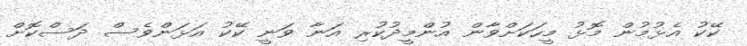
ކޭކު އެޅުމުން މޮޅު މީހަކަށްވާން އުންމީދުކުރި އަނާ ވަނީ ކޭކު އަޅަންވެސް ދަސްކޮށް